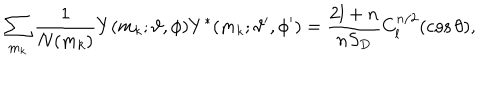
\sum _ { m _ { k } } \frac { 1 } { N ( m _ { k } ) } Y ( m _ { k } ; \vartheta , \phi ) Y ^ { * } ( m _ { k } ; \vartheta ^ { \prime } , \phi ^ { \prime } ) = \frac { 2 l + n } { n S _ { D } } C _ { l } ^ { n / 2 } ( \cos \theta ) ,